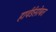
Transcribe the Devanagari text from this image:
हार्वर्डसोबत